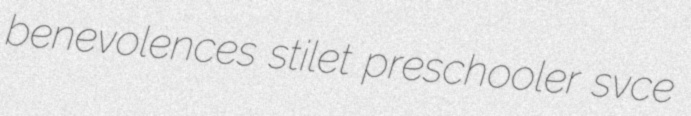
benevolences stilet preschooler svce